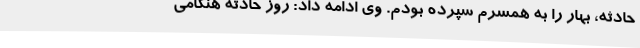
حادثه، بهار را به همسرم سپرده بودم. وی ادامه داد: روز حادثه هنگامی